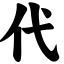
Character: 代